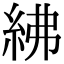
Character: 紼